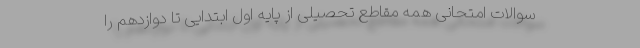
سوالات امتحانی همه مقاطع تحصیلی از پایه اول ابتدایی تا دوازدهم را